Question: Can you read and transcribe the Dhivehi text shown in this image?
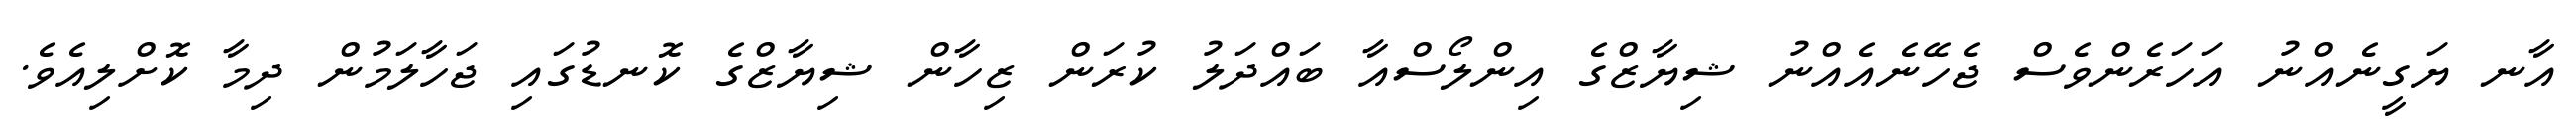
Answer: އާނ ޔަގީނެއްނު އަހަރެންވެސް ޖެހޭނެއެއްނު ޝިޔާޒްގެ އިންލޯސްއާ ބައްދަލު ކުރަން ޒިހާން ޝިޔާޒްގެ ކޮނޑުގައި ޖަހާލަމުން ދިމާ ކޮށްލިއެވެ.